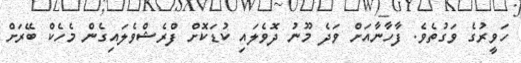
ހަވީރުގެ ވަގުތެވެ. ފާހާނާއަށް ވަދެ މޫނު ދޮވެލައި ކުޑަކޮށް ފްރެޝްވެލައިގެން މެހެކް ބޭރަށް